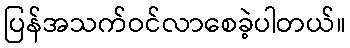
ပြန်အသက်ဝင်လာစေခဲ့ပါတယ်။